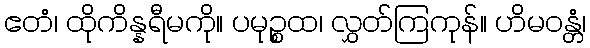
ဧတံ၊ ထိုကိန္နရီမကို။ ပမုဉ္စထ၊ လွှတ်ကြကုန်။ ဟိမဝန္တံ၊